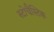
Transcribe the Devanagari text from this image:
स्टोचैस्टिक